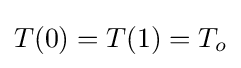
T(0)=T(1)=T_{o}